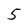
Character: 5